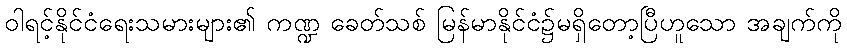
ဝါရင့်နိုင်ငံရေးသမားများ၏ ကဏ္ဍ ခေတ်သစ် မြန်မာနိုင်ငံ၌မရှိတော့ပြီဟူသော အချက်ကို